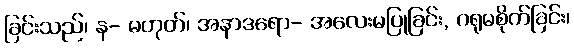
ခြင်းသည်၊ န- မဟုတ်၊ အနာဒရော- အလေးမပြုခြင်း, ဂရုမစိုက်ခြင်း၊